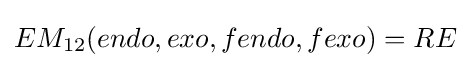
EM_{12}(endo,exo,fendo,fexo)=RE